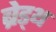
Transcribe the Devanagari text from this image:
ब्रेड्थ